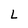
Character: L